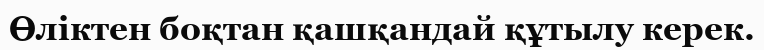
Өліктен боқтан қашқандай құтылу керек.